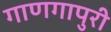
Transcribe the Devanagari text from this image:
गाणगापुरी